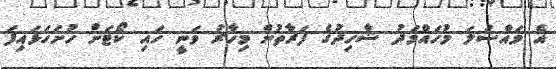
އެ މައްސަލަ މުހައްމަދު ޝާހިދުގެ ފަރާތުން މިހާރު ވަނީ ހައި ކޯޓަށް ހުށަހަޅައިފަ